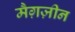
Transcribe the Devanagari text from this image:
मैग़ज़ीन